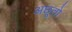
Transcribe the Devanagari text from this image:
अछूतो